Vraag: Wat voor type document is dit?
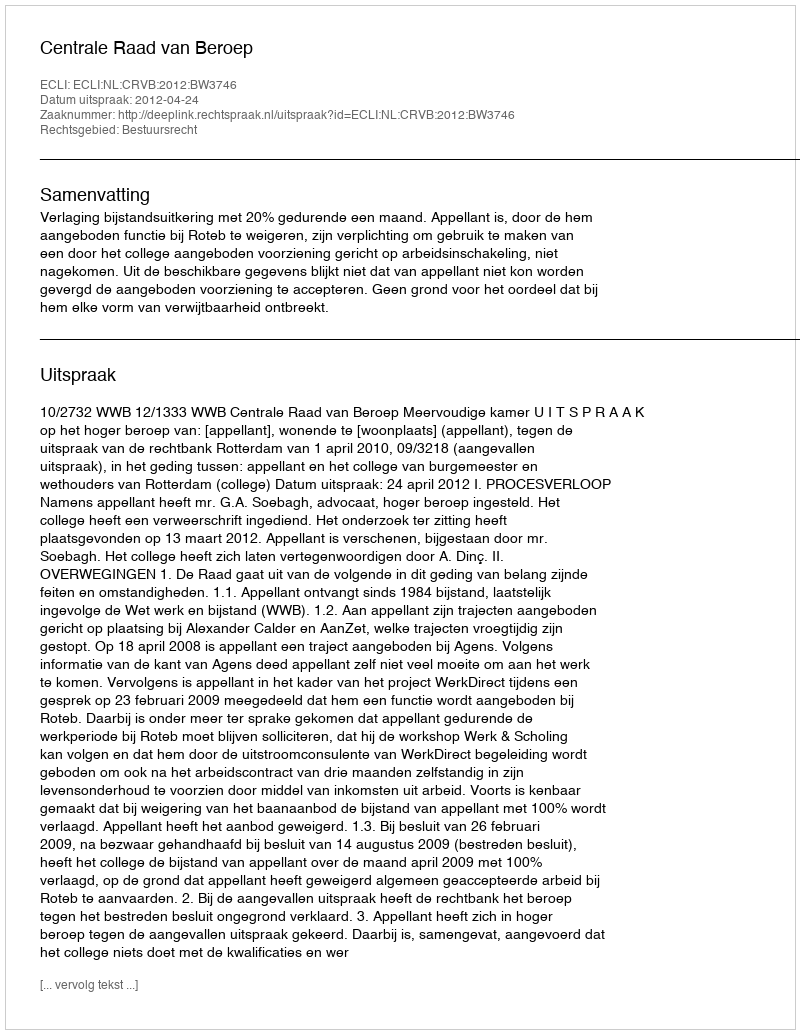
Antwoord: Uitspraak